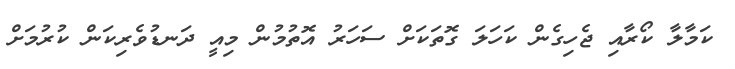
ކަމާލާ ކޯރާއި ޖެހިގެން ކަހަލަ ގޮތަކަށް ސަހަރު އޮތުމުން މިއީ ދަނޑުވެރިކަން ކުރުމަށް